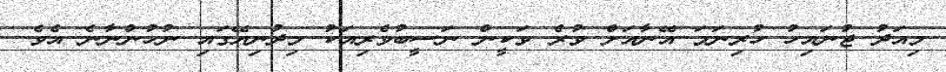
މިއަދު ޖުނައިހު ހުރިނަމަ އޭނާއަށް ވުރެ ވަކީން ނަސީބުވެރިއަކު މިދުނިޔޭގައި ނުހުންނާނެ އެވެ.